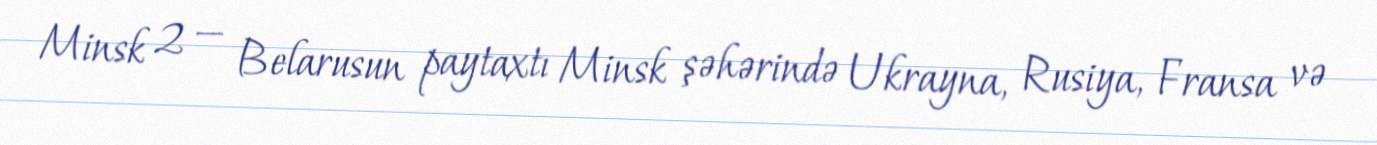
Minsk 2 — Belarusun paytaxtı Minsk şəhərində Ukrayna, Rusiya, Fransa və